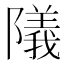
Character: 䧧